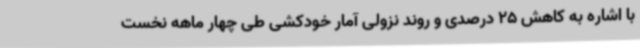
با اشاره به کاهش 25 درصدی و روند نزولی آمار خودکشی طی چهار ماهه نخست